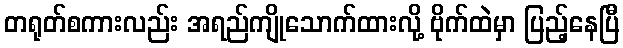
တရုတ်စကားလည်း အရည်ကျိုသောက်ထားလို့ ဗိုက်ထဲမှာ ပြည့်နေပြီ